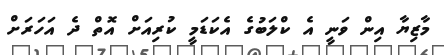
މާޒިޔާ އިން ވަނީ އެ ކްލަބުގެ އެކަޑަމީ ކުރިއަށް އޮތް ދެ އަހަރަށް